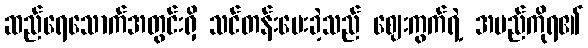
ဆည်ရေသောက်အတွင်းရှိ သင်တန်းပေးခဲ့သည် ဈေးကွက်ရဲ့ အမည်ကိုရ၏